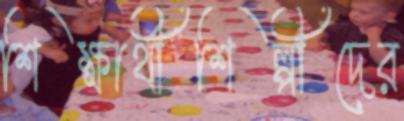
শিক্ষার্থীশিল্পীদের